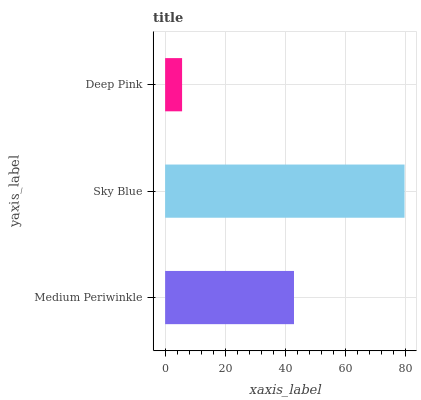
| yaxis_label | bars |
 | --- | --- |
 | Medium Periwinkle | 42.9 |
 | Sky Blue | 79.8 |
 | Deep Pink | 5.65 |